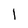
Character: 1